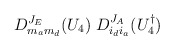
\begin{align*}D^{J_E}_{m_am_d}(U_4)\;D^{J_A}_{i_di_a}(U_4^\dagger)\end{align*}